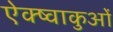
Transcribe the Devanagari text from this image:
ऐक्ष्वाकुओं